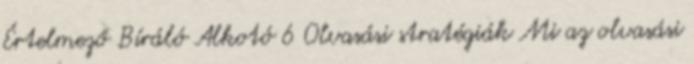
Értelmező Bíráló Alkotó 6 Olvasási stratégiák Mi az olvasási